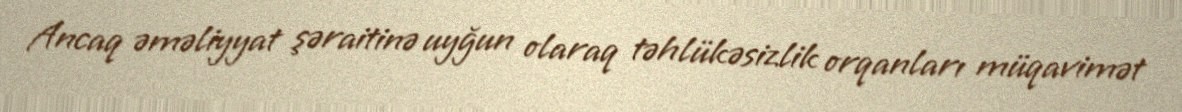
Ancaq əməliyyat şəraitinə uyğun olaraq təhlükəsizlik orqanları müqavimət